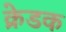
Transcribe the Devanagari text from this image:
क्रेडक